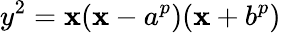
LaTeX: y^{2}=\mathbf{x}(\mathbf{x}-a^{p})(\mathbf{x}+b^{p})